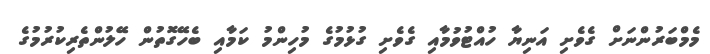
މެމްބަރުންނަށް ގެވެށި އަނިޔާ ހުއްޓުވުމާއި ގެވެށި ގުޅުމުގެ މުހިންމު ކަމާއި ބެހޭގޮތުން ހޭލުންތެރިކުރުމުގެ